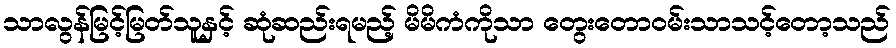
သာလွန်မြင့်မြတ်သူနှင့် ဆုံဆည်းရမည့် မိမိကံကိုသာ တွေးတောဝမ်းသာသင့်တော့သည်